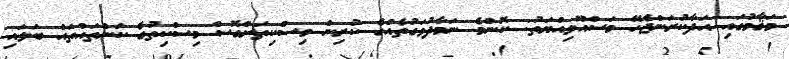
މަޤާމުގައި އަދާކުރަންޖެހޭ މަސްއޫލިއްޔަތު: ކޮންމެ ނަމާދުވަގުތެއްގެ ކުރިން މިސްކިތަށްގޮސް މިސްކިތުގެ ކަންތައްތައް ބަލައި